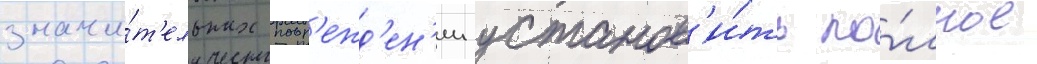
значи́т'ельных повр'ежд'ен'ии установ'и́ть по́лное